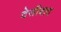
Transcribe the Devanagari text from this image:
देसीवाद